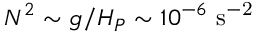
N ^ { 2 } \sim g / H _ { P } \sim 1 0 ^ { - 6 } ~ \mathrm { s ^ { - 2 } }